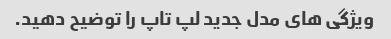
ویژگی های مدل جدید لپ تاپ را توضیح دهید.